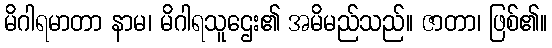
မိဂါရမာတာ နာမ၊ မိဂါရသူဌေး၏ အမိမည်သည်။ ဇာတာ၊ ဖြစ်၏။